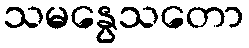
သမနွေသတော